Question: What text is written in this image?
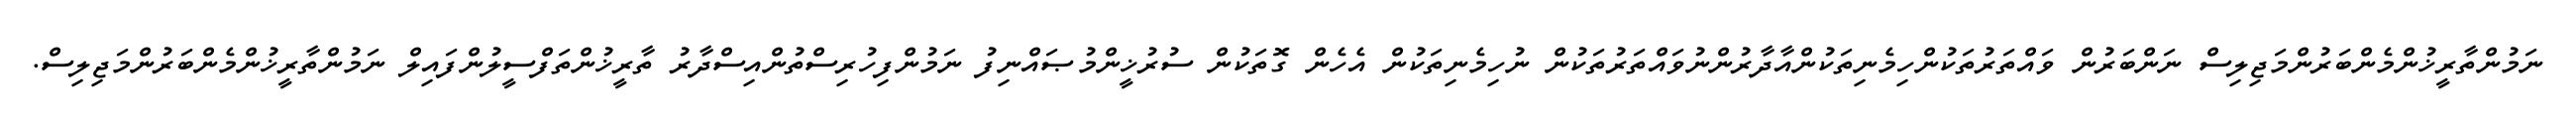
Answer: ނަމުންތާރީޚުންމެންބަރުންމަޖިލިސް ނަންބަރުން ވައްތަރުތަކުންހިމެނިތަކުންއާދާރުންނުވައްތަރުތަކުން ނުހިމެނިތަކުން އެހެން ގޮތަކުން ސުރުޚީންމުޞައްނިފު ނަމުންފިހުރިސްތުންއިސްދާރު ތާރީޚުންތަފްސީލުންފައިލް ނަމުންތާރީޚުންމެންބަރުންމަޖިލިސް.